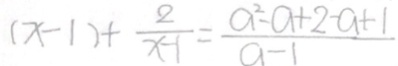
( x - 1 ) + \frac { 2 } { x - 1 } = \frac { a ^ { 2 } - a + 2 - a + 1 } { a - 1 }